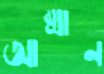
আম্মান